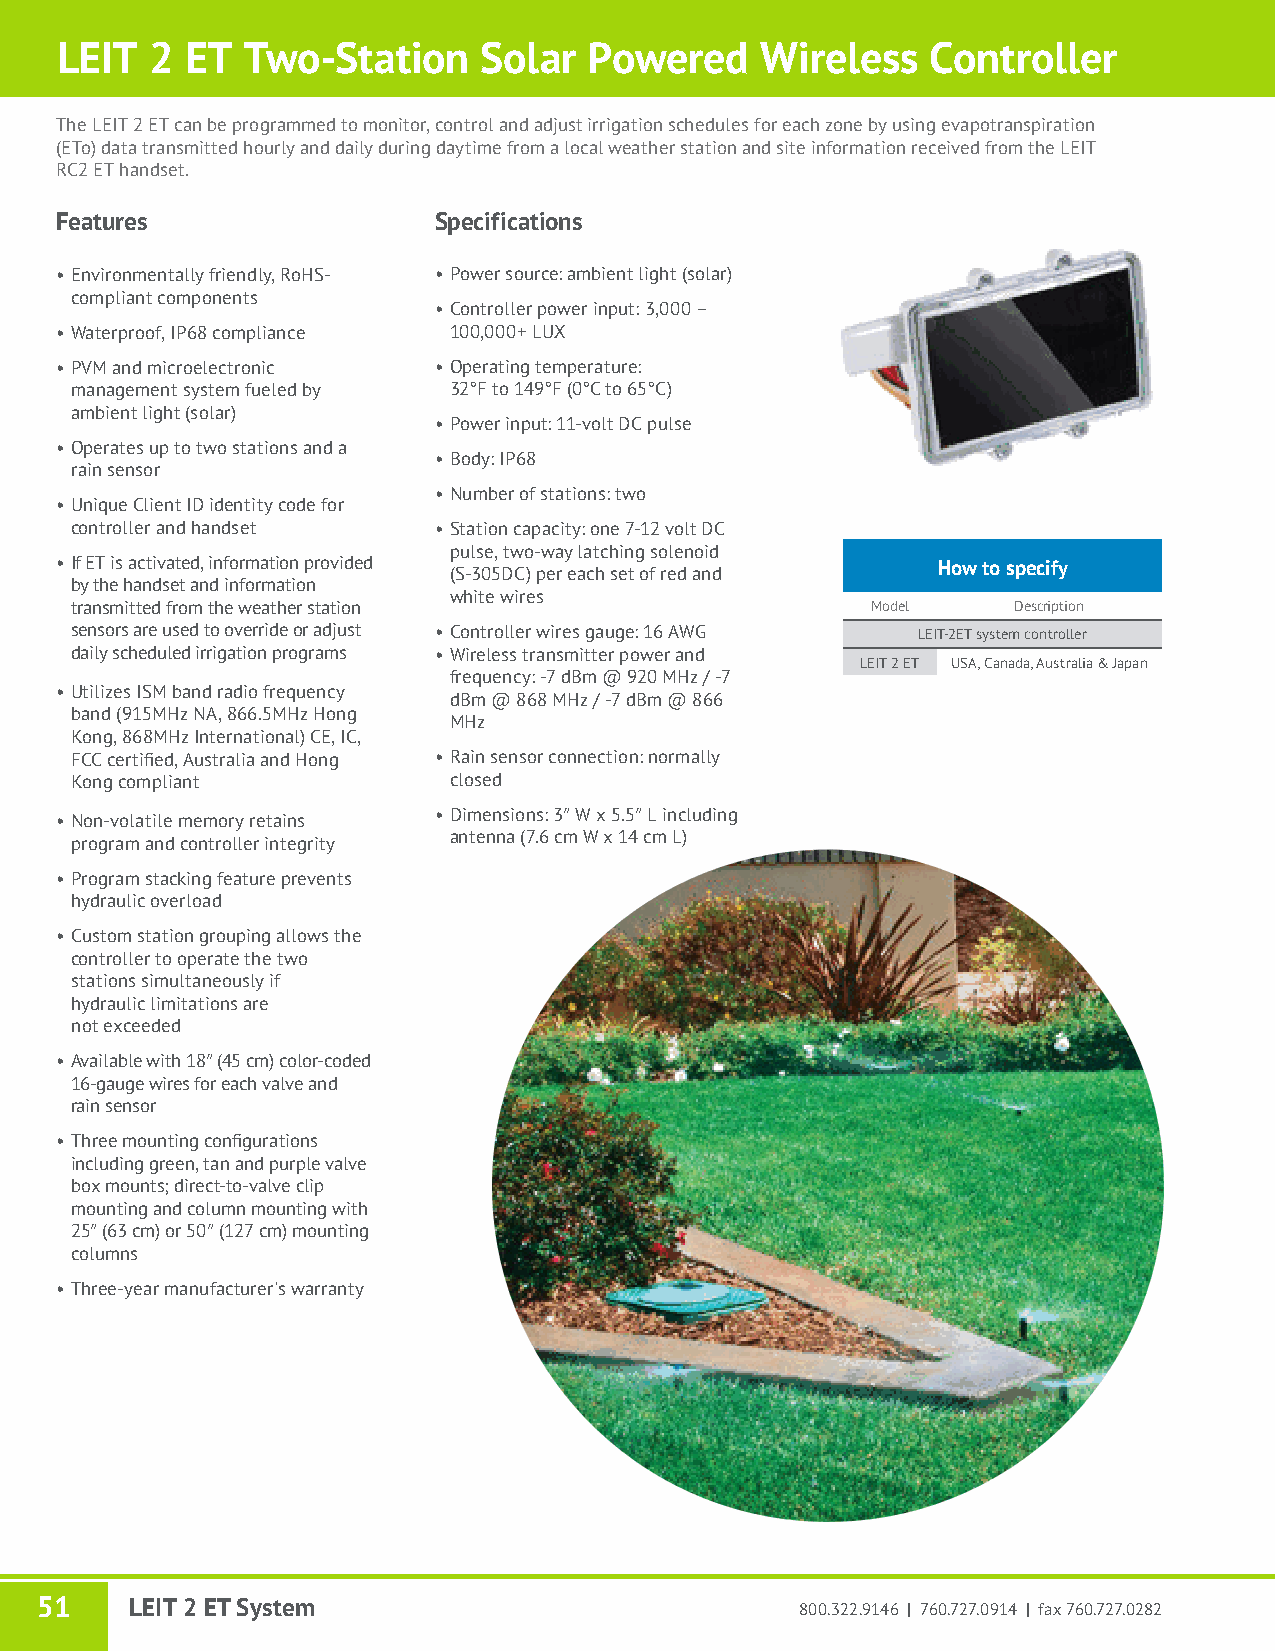
LEIT  2 ET  Two-Station     Solar  Powered    Wireless    Controller
 The LEIT 2 ET can be programmed to monitor, control and adjust irrigation schedules for each zone by using evapotranspiration
 (ETo) data transmitted hourly and daily during daytime from a local weather station and site information received from the LEIT
 RC2 ET handset.
 Features                 Specifications
 • Environmentally friendly, RoHS- • Power source: ambient light (solar)
 compliant components
 • Controller power input: 3,000 –
 • Waterproof, IP68 compliance 100,000+ LUX
 • PVM and microelectronic • Operating temperature:
 management system fueled by 32°F to 149°F (0°C to 65°C)
 ambient light (solar)
 • Power input: 11-volt DC pulse
 • Operates up to two stations and a
 • Body: IP68
 rain sensor
 • Number of stations: two
 • Unique Client ID identity code for
 controller and handset  • Station capacity: one 7-12 volt DC
 pulse, two-way latching solenoid
 • If ET is activated, information provided                How to specify
 (S-305DC) per each set of red and
 by the handset and information
 white wires
 transmitted from the weather station                 Model    Description
 sensors are used to override or adjust • Controller wires gauge: 16 AWG LEIT-2ET system controller
 daily scheduled irrigation programs • Wireless transmitter power and
 LEIT 2 ET USA, Canada, Australia & Japan
 frequency: -7 dBm @ 920 MHz / -7
 • Utilizes ISM band radio frequency
 dBm @ 868 MHz / -7 dBm @ 866
 band (915MHz NA, 866.5MHz Hong
 MHz
 Kong, 868MHz International) CE, IC,
 FCC certified, Australia and Hong • Rain sensor connection: normally
 Kong compliant           closed
 • Non-volatile memory retains
 • Dimensions: 3″ W x 5.5″ L including
 antenna (7.6 cm W x 14 cm L)
 program and controller integrity
 • Program stacking feature prevents
 hydraulic overload
 • Custom station grouping allows the
 controller to operate the two
 stations simultaneously if
 hydraulic limitations are
 not exceeded
 • Available with 18″ (45 cm) color-coded
 16-gauge wires for each valve and
 rain sensor
 • Three mounting configurations
 including green, tan and purple valve
 box mounts; direct-to-valve clip
 mounting and column mounting with
 25″ (63 cm) or 50″ (127 cm) mounting
 columns
 • Three-year manufacturer's warranty
 51     LEIT 2 ET System                            800.322.9146 | 760.727.0914 | fax 760.727.0282